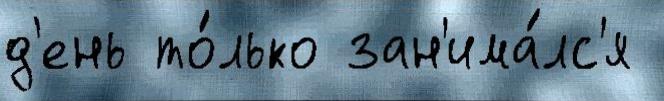
д'ень то́лько зан'има́лс'я